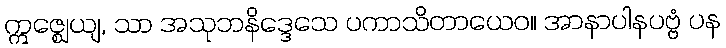
ဣဇ္ဈေယျ, သာ အသုဘနိဒ္ဒေသေ ပကာသိတာယေဝ။ အာနာပါနပဗ္ဗံ ပန